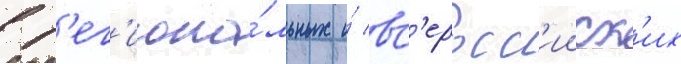
в р'ег'иона́льных и́ вс'еросс'ииск'их